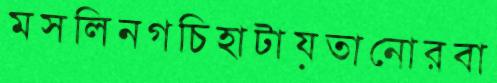
মসলিনগচিহাটায়তানোরবা